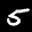
Label: 5